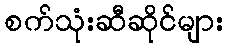
စက်သုံးဆီဆိုင်များ